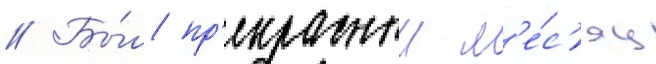
// Бы́л пр'екрасныи м'е́с'яц